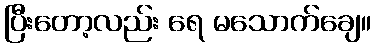
ပြီးတော့လည်း ရေ မသောက်ချေ။